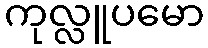
ကုလ္လူပမော